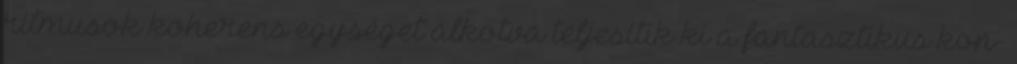
ritmusok koherens egységet alkotva teljesítik ki a fantasztikus kon-